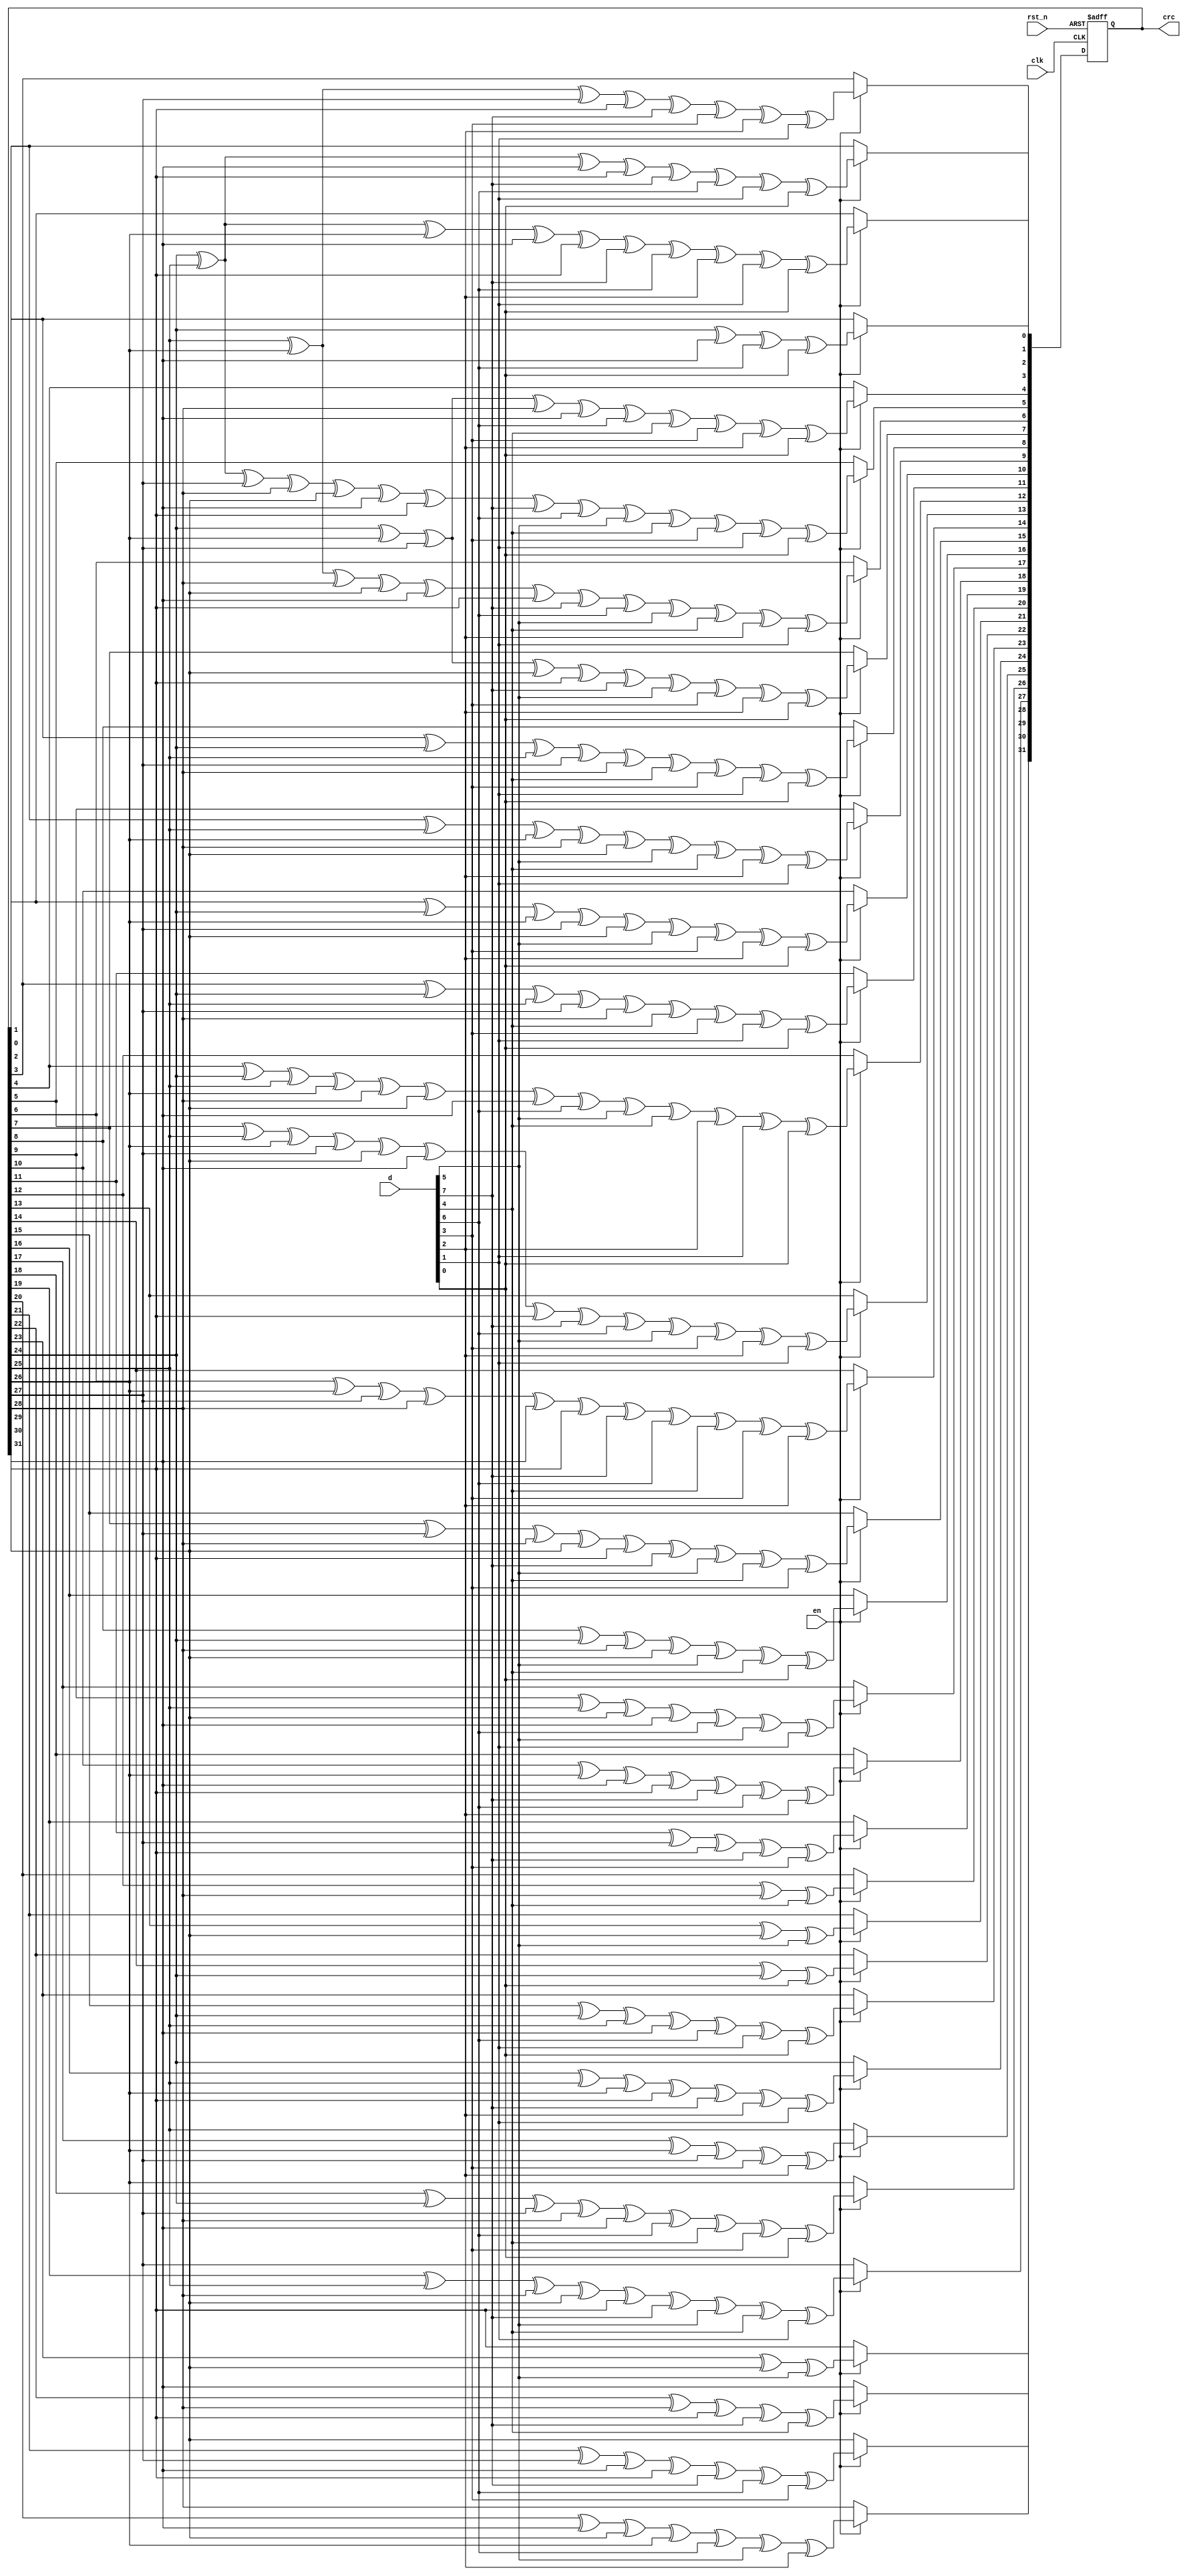
//x32+x26+x23+x22+x16+x12+x11+x10+x8+x7+x5+x4+x2+x1+1

module crc
#(parameter INIT = 32'hFFFFFFFF)
(
	input clk,rst_n,en,
	input [7:0] d,
	output [31:0] crc
);
	reg [31:0] r;
	wire sig;
	
	assign crc = r;
	
	initial
	begin
		r = INIT;
	end	
	
	always@(posedge clk or negedge rst_n)
	if(!rst_n)
		r <= INIT;
	else if(en)
	begin
		r[31] <= r[23] ^ r[29] ^ d[7-2];
		r[30] <= r[22] ^ r[28] ^ r[31] ^ d[7-0] ^ d[7-3];
		r[29] <= r[21] ^ r[27] ^ r[30] ^ r[31] ^ d[7-0] ^ d[7-1] ^ d[7-4];
		r[28] <= r[20] ^ r[30] ^ r[29] ^ r[26] ^ d[7-1] ^ d[7-2] ^ d[7-5];
		r[27] <= r[19] ^ r[25] ^ r[28] ^ r[29] ^ r[31] ^ d[7-0] ^ d[7-2] ^ d[7-3] ^ d[7-6];
		r[26] <= r[18] ^ r[24] ^ r[27] ^ r[28] ^ r[30] ^ d[7-1] ^ d[7-3] ^ d[7-4] ^ d[7-7];
		r[25] <= r[17] ^ r[26] ^ r[27] ^ d[7-4] ^ d[7-5];
		r[24] <= r[16] ^ r[25] ^ r[26] ^ r[31] ^ d[7-0] ^ d[7-5] ^ d[7-6];
		
		r[23] <= r[15] ^ r[24] ^ r[25] ^ r[30] ^ d[7-1] ^ d[7-6] ^ d[7-7];
		r[22] <= r[14] ^ r[24] ^ d[7-7];
		r[21] <= r[13] ^ r[29] ^ d[7-2];
		r[20] <= r[12] ^ r[28] ^ d[7-3];
		r[19] <= r[11] ^ r[27] ^ r[31] ^ d[7-0] ^ d[7-4];
		r[18] <= r[10] ^ r[26] ^ r[30] ^ r[31] ^ d[7-0] ^ d[7-1] ^ d[7-5];
		r[17] <= r[9] ^ r[25] ^ r[29] ^ r[30] ^ d[7-1] ^ d[7-2] ^ d[7-6];
		r[16] <= r[8] ^ r[24] ^ r[28] ^ r[29] ^ d[7-2] ^ d[7-3] ^ d[7-7];
		
		r[15] <= r[7] ^ r[27] ^ r[28] ^ r[29] ^ r[31] ^ d[7-0] ^ d[7-2] ^ d[7-3] ^ d[7-4];
		r[14] <= r[6] ^ r[26] ^ r[27] ^ r[28] ^ r[30] ^ r[31] ^ d[7-0] ^ d[7-1] ^ d[7-3] ^ d[7-4] ^ d[7-5];
		r[13] <= r[5] ^ r[25] ^ r[26] ^ r[27] ^ r[29] ^ r[30] ^ r[31] ^ d[7-0] ^ d[7-1] ^ d[7-2] ^ d[7-4] ^ d[7-5] ^ d[7-6];
		r[12] <= r[4] ^ r[24] ^ r[25] ^ r[26] ^ r[28] ^ r[29] ^ r[30] ^ d[7-1] ^ d[7-2] ^ d[7-3] ^ d[7-5] ^ d[7-6] ^ d[7-7];
		r[11] <= r[3] ^ r[24] ^ r[25] ^ r[27] ^ r[28] ^ d[7-3] ^ d[7-4] ^ d[7-6] ^ d[7-7];
		r[10] <= r[2] ^ r[24] ^ r[26] ^ r[27] ^ r[29] ^ d[7-2] ^ d[7-4] ^ d[7-5] ^ d[7-7];
		r[9] <= r[1] ^ r[25] ^ r[26] ^ r[28] ^ r[29] ^ d[7-2] ^ d[7-3] ^ d[7-5] ^ d[7-6];
		r[8] <= r[0] ^ r[24] ^ r[25] ^ r[27] ^ r[28] ^ d[7-3] ^ d[7-4] ^ d[7-6] ^ d[7-7];
		
		r[7] <= r[24] ^ r[26] ^ r[27] ^ r[29] ^ r[31] ^ d[7-0] ^ d[7-2] ^ d[7-4] ^ d[7-5] ^ d[7-7];
		r[6] <= r[25] ^ r[26] ^ r[28] ^ r[29] ^ r[30] ^ r[31] ^ d[7-0] ^ d[7-1] ^ d[7-2] ^ d[7-3] ^ d[7-5] ^ d[7-6];
		r[5] <= r[24] ^ r[25] ^ r[27] ^ r[28] ^ r[29] ^ r[30] ^ r[31] ^ d[7-0] ^ d[7-1] ^ d[7-2] ^ d[7-3] ^ d[7-4] ^ d[7-6] ^ d[7-7];
		r[4] <= r[24] ^ r[26] ^ r[27] ^ r[28] ^ r[30] ^ d[7-1] ^ d[7-3] ^ d[7-4] ^ d[7-5] ^ d[7-7];
		r[3] <= r[25] ^ r[26] ^ r[27] ^ r[31] ^ d[7-0] ^ d[7-4] ^ d[7-5] ^ d[7-6];
		r[2] <= r[24] ^ r[25] ^ r[26] ^ r[30] ^ r[31] ^ d[7-0] ^ d[7-1] ^ d[7-5] ^ d[7-6] ^ d[7-7];
		r[1] <= r[24] ^ r[25] ^ r[30] ^ r[31] ^ d[7-0] ^ d[7-1] ^ d[7-6] ^ d[7-7];
		r[0] <= r[24] ^ r[30] ^ d[7-1] ^ d[7-7];
	end

endmodule